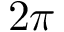
2 \pi